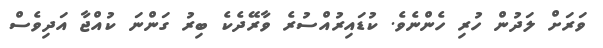
ވަރަށް ލަދުން ހުރި ހެންނެވެ. ކުޑައިރުއްސުރެ ވާރޭދެކެ ބިރު ގަންނަ ކުއްޖާ އަދިވެސް